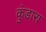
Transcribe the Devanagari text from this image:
कुंडारा